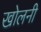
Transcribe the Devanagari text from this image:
खोलनी